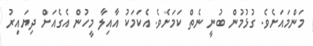
މަންމައަށެވެ. ގުޅުމުން ބުނީ ނެތް ކަމަށެވެ. އެކަމަކު އާއިލާ މީހުން އެގެއަށް ދިޔައިރު